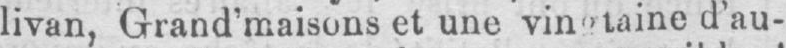
d’au-